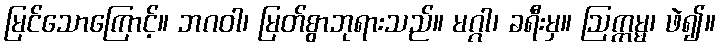
မြင်သောကြောင့်။ ဘဂဝါ၊ မြတ်စွာဘုရားသည်။ မဂ္ဂါ၊ ခရီးမှ။ ဩက္ကမ္မ၊ ဖဲ၍။